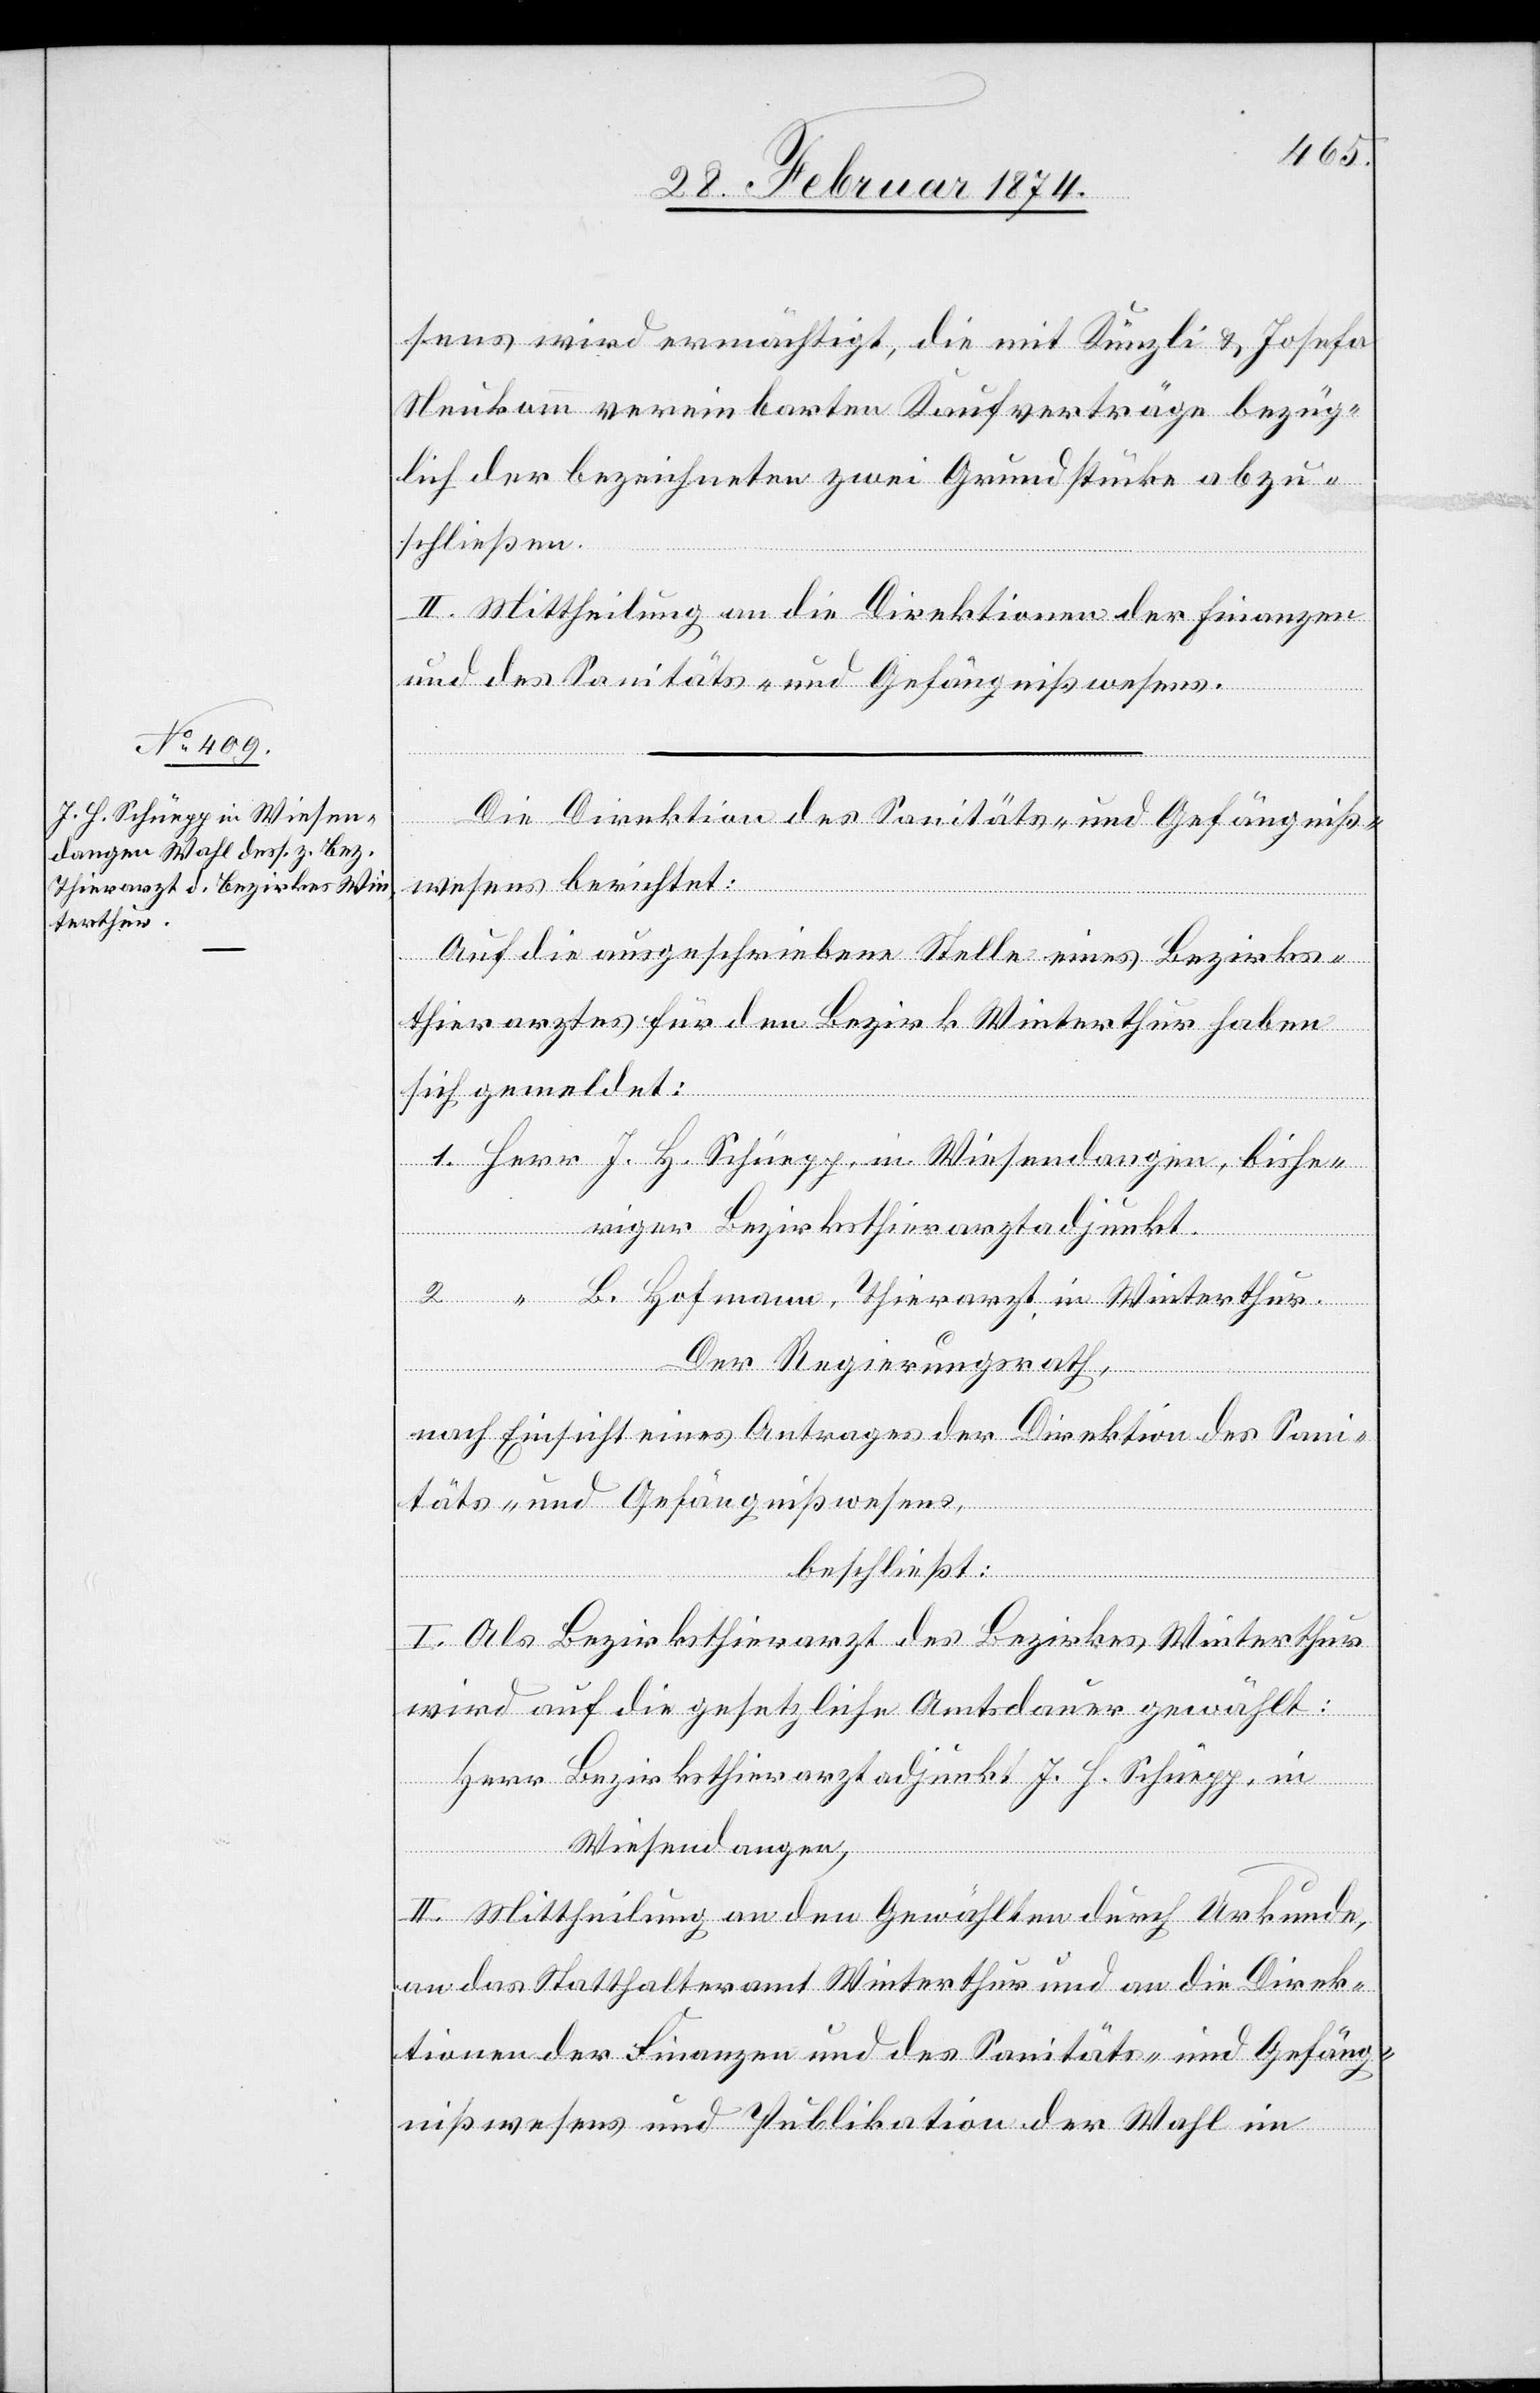
sens wird ermächtigt, die mit Künzli u. Josefa
Neukomm vereinbarten Kaufverträge bezüg¬
lich der bezeichneten zwei Grundstücke abzu¬
schließen.
II. Mittheilung an die Direktionen der Finanzen
und des Sanitäts- und Gefängnißwesens.
Die Direktion des Sanitäts- und Gefängniß¬
wesens berichtet:
Auf die ausgeschriebene Stelle eines Bezirks¬
thierarztes für den Bezirk Winterthur haben
sich gemeldet:
1. Herr J. H. Schüepp, in Wiesendangen, bishe¬
riger Bezirksthierarztadjunkt.
2. “ B. Hofmann, Thierarzt in Winterthur.
Der Regierungsrath,
nach Einsicht eines Antrages der Direktion des Sani¬
täts- und Gefängnißwesens,
beschließt:
I. Als Bezirksthierarzt des Bezirkes Winterthur
wird auf die gesetzliche Amtsdauer gewählt:
Herr Bezirksthierarztadjunkt J. H. Schüepp, in
Wiesendangen,
II. Mittheilung an den Gewählten durch Urkunde,
an das Statthalteramt Winterthur und an die Direk¬
tionen der Finanzen und des Sanitäts- und Gefäng¬
nißwesens und Publikation der Wahl im